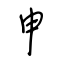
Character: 申